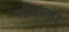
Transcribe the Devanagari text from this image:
सीताला